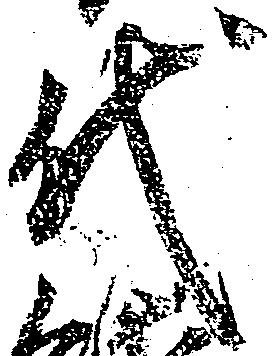
代